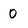
Character: 0